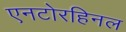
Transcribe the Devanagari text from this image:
एनटोरहिनल